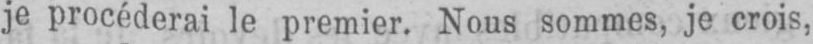
je procéderai le premier. Nous sommes, je crois,